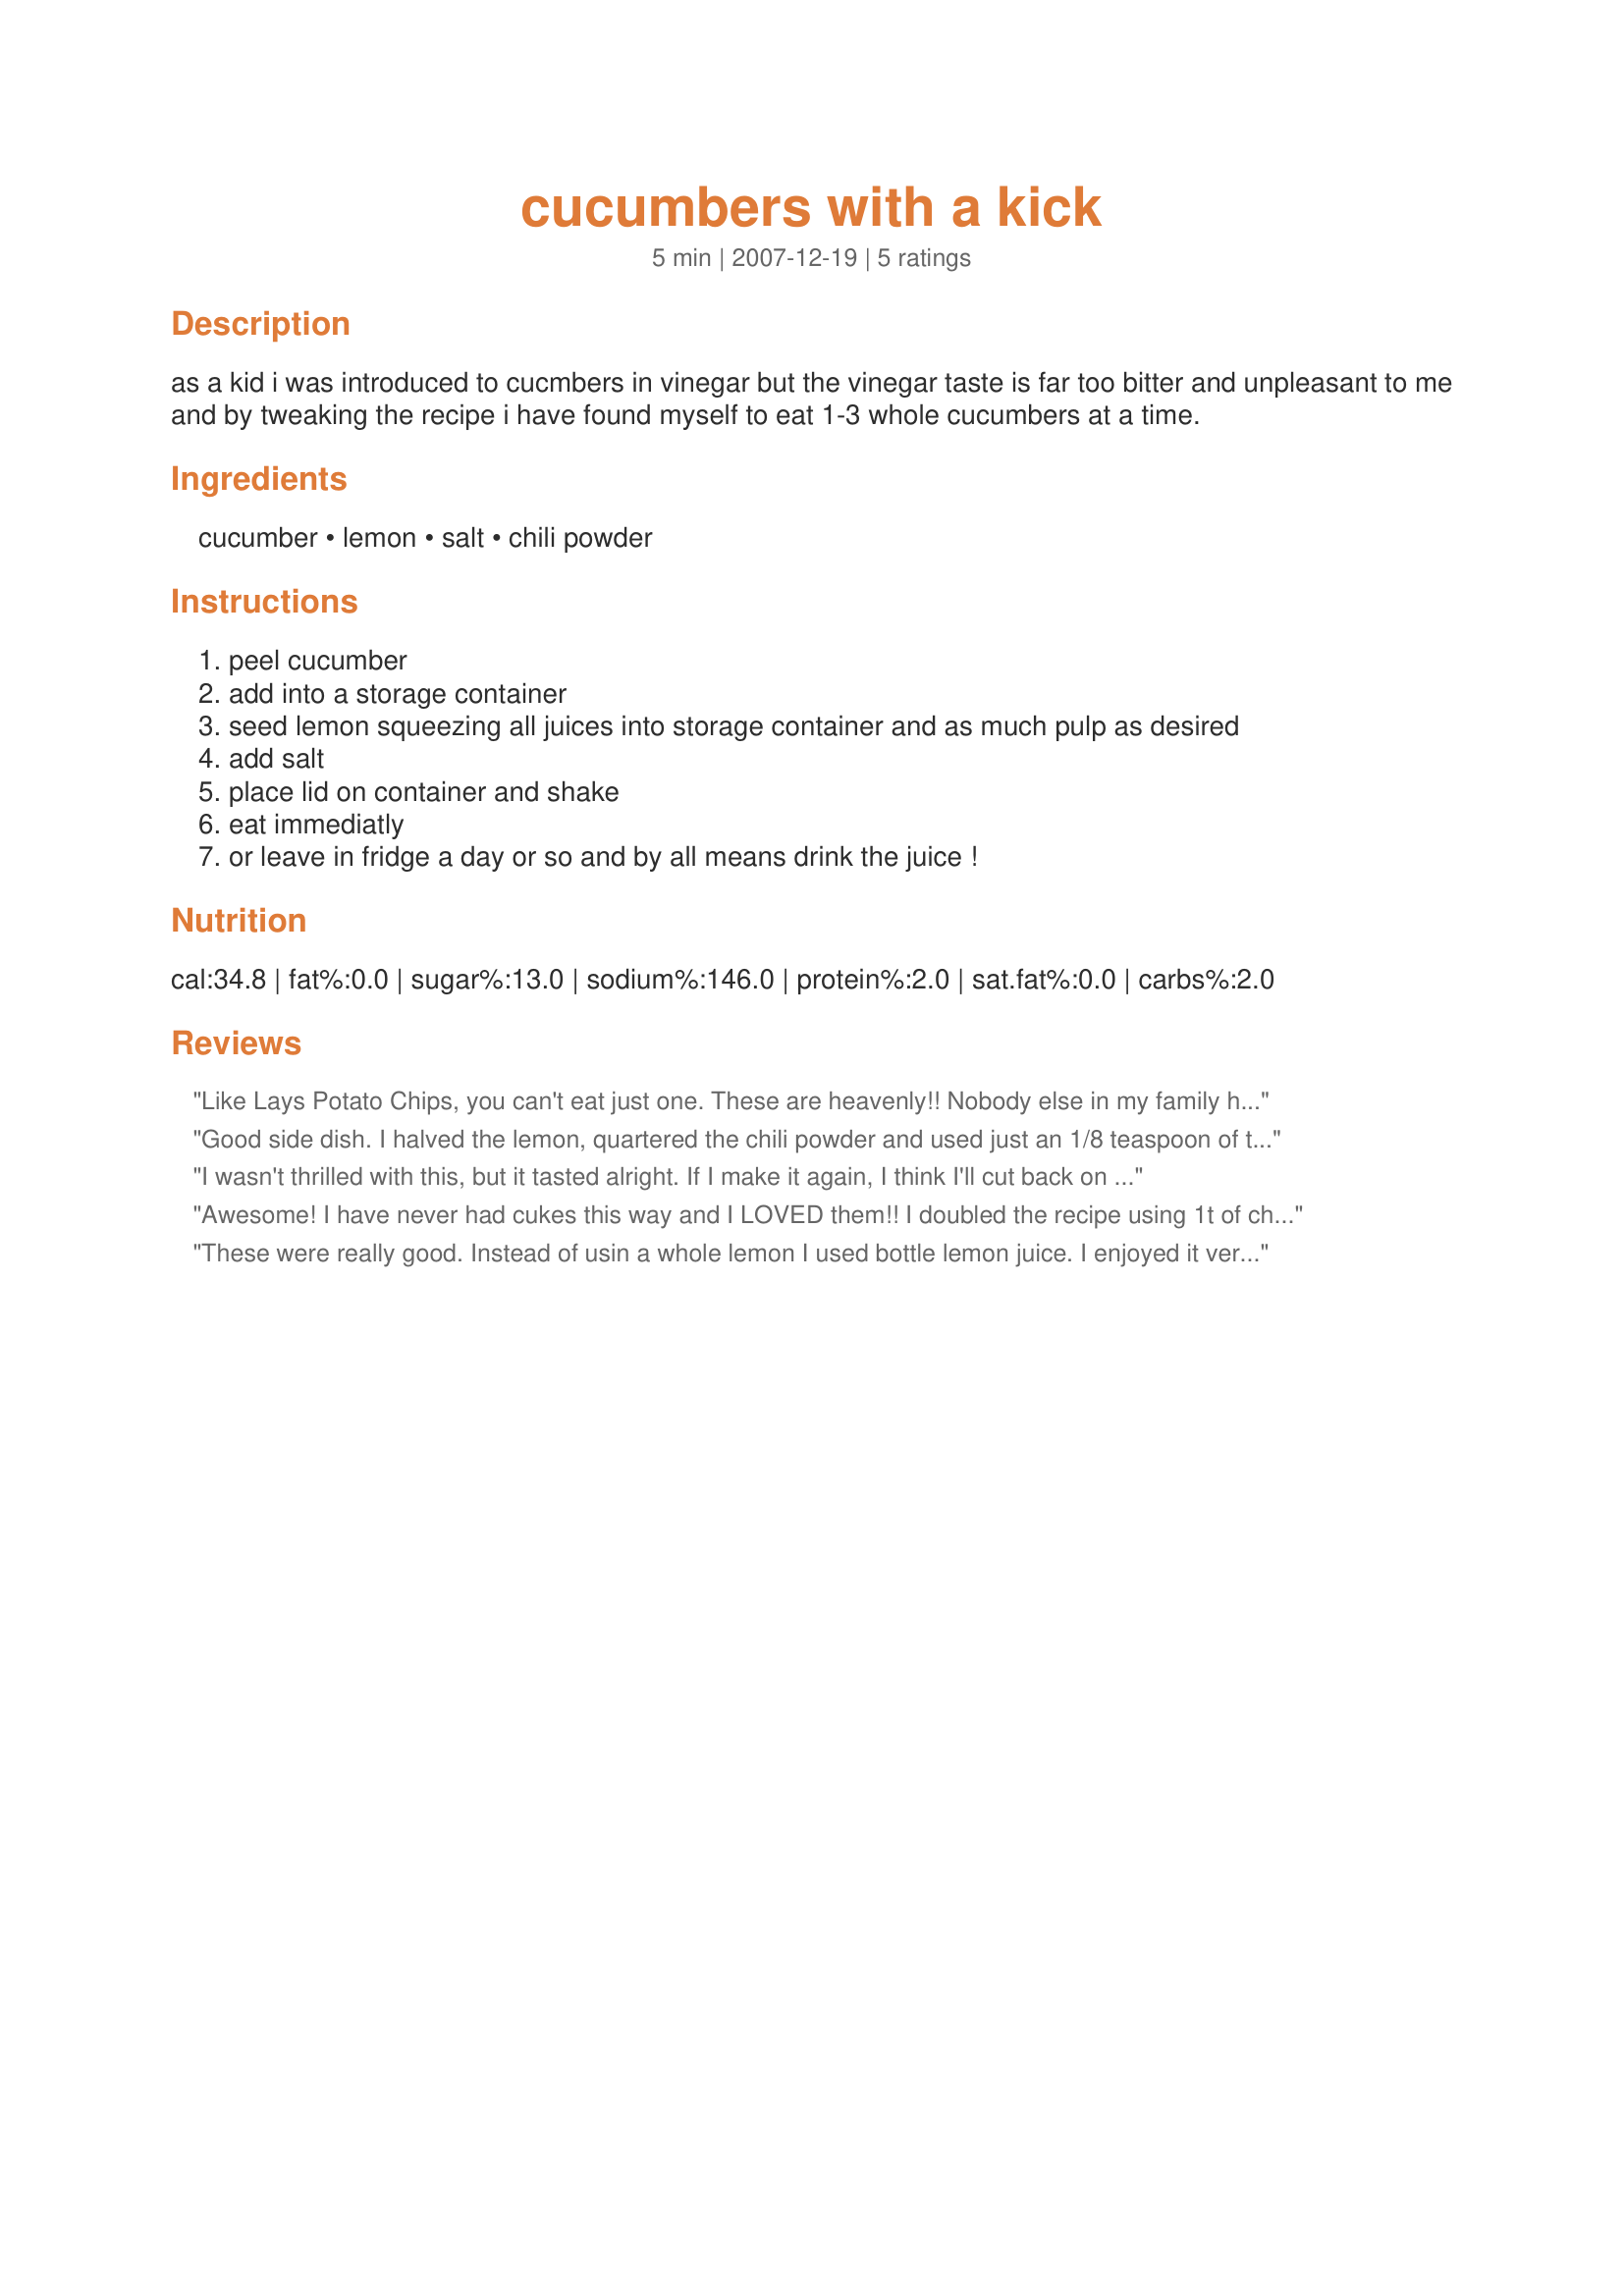
cucumbers with a kick
Preparation time: 5 minutes

as a kid i was introduced to cucmbers in vinegar but the vinegar taste is far too bitter and unpleasant to me and by tweaking the recipe i have found myself to eat 1-3 whole cucumbers at a time.

Ingredients:
cucumber, lemon, salt, chili powder

Steps:
peel cucumber
add into a storage container
seed lemon squeezing all juices into storage container and as much pulp as desired
add salt
place lid on container and shake
eat immediatly
or leave in fridge a day or so and by all means drink the juice !

Reviews:
Like Lays Potato Chips, you can't eat just one. These are heavenly!! Nobody else in my family has had a chance to try them, because I can't leave them alone!
Good side dish. I halved the lemon, quartered the chili powder and used just an 1/8 teaspoon of the salt. I think you could probably get away with a quarter of the lemon too.
I wasn't thrilled with this, but it tasted alright. If I make it again, I think I'll cut back on the lemon juice and salt a little.
Awesome! I have never had cukes this way and I LOVED them!! I doubled the recipe using 1t of chili powder and 1t sea salt... my DH said they were just like his mom used to make. :) I don't think I'll go back to using vinegar/dill with my cukes again, this was too good! Who would have thought, chili and lemon with cucumbers!! Thanks so much for sharing; I'll be making these all summer long. Made for PAC Spring 2008!!
These were really good. Instead of usin a whole lemon I used bottle lemon juice. I enjoyed it very mch, but it got mushy on the second day.
